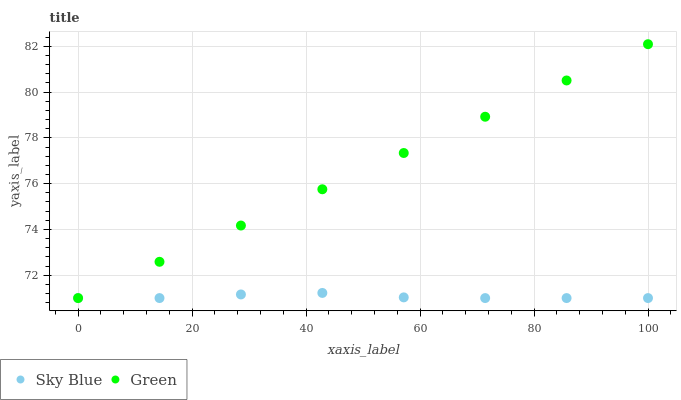
| xaxis_label | Sky Blue | Green |
 | --- | --- | --- |
 | 0 | 71 | 71 |
 | 14.3 | 71 | 72.6 |
 | 28.6 | 71.2 | 74.2 |
 | 42.9 | 71.2 | 75.8 |
 | 57.1 | 71 | 77.3 |
 | 71.4 | 71 | 78.9 |
 | 85.7 | 71 | 80.5 |
 | 100 | 71 | 82.1 |